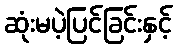
ဆုံးမပဲ့ပြင်ခြင်းနှင့်